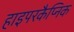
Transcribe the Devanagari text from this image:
हाइपरकैप्निक